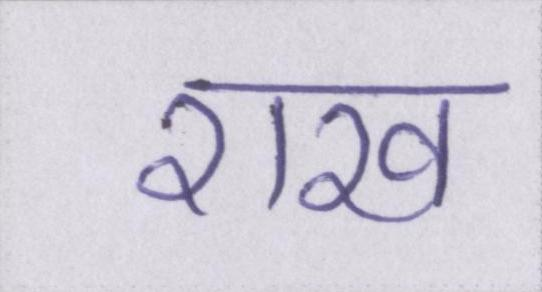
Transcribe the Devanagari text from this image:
राख